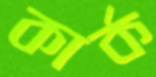
কার্ক